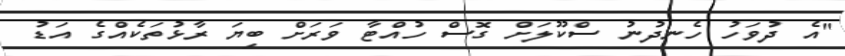
"އެ ދުވަހު ހެނދުނު ސްކޫލަށް ގޮސް ހުއްޓާ ވަރަށް ބިޔަ ރާޅުތަކެއްގެ އަޑު